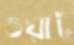
ওয়াট